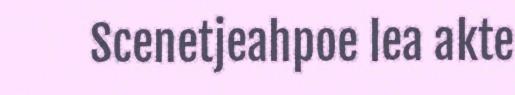
Scenetjeahpoe lea akte